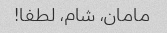
مامان، شام، لطفا!